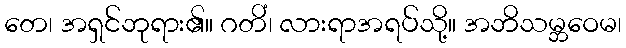
တေ၊ အရှင်ဘုရား၏။ ဂတိံ၊ လားရာအရပ်သို့။ အဘိသမ္ဘဝေမ၊